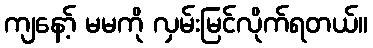
ကျနော့် မမကို လှမ်းမြင်လိုက်ရတယ်။